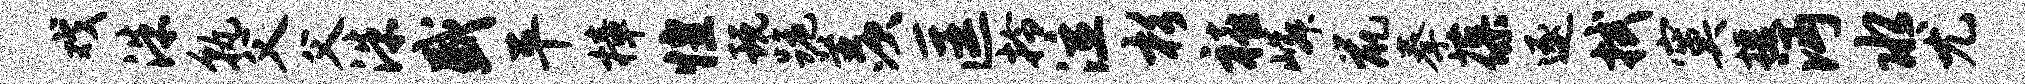
戏洙孰父父洙盛平樟惶玩跪羡匡拎泣杉禧嶙鼠拳葆逐拭寞援沔水尤